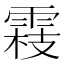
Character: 𬯾